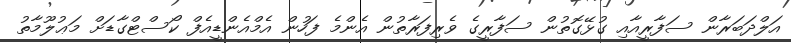
އަލްދަބަރާން ސަފާރީއާއި ގުޅޭގޮތުން ސަފާރީގެ ވެރިފަރާތުން އެންމެ ފަހުން އެމްއެންޑީއެފް ކޯސްޓްގާޑަށް މަޢުލޫމާތު